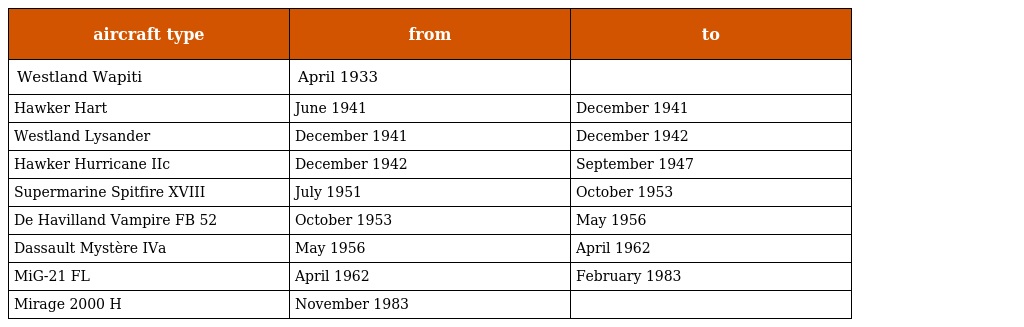
| aircraft type | from | to |
 | --- | --- | --- |
 | Westland Wapiti | April 1933 |  |
 | Hawker Hart | June 1941 | December 1941 |
 | Westland Lysander | December 1941 | December 1942 |
 | Hawker Hurricane IIc | December 1942 | September 1947 |
 | Supermarine Spitfire XVIII | July 1951 | October 1953 |
 | De Havilland Vampire FB 52 | October 1953 | May 1956 |
 | Dassault Mystère IVa | May 1956 | April 1962 |
 | MiG-21 FL | April 1962 | February 1983 |
 | Mirage 2000 H | November 1983 |  |